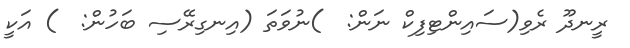
ރީނދޫ ރެވި(ސައިންޓިފިކް ނަން:  )ނުވަތަ (އިނގިރޭސި ބަހުން:  ) އަކީ